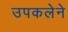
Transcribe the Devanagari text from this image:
उपकलेने